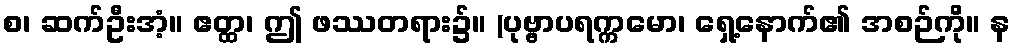
စ၊ ဆက်ဦးအံ့။ ဧတ္ထ၊ ဤ ဖဿတရား၌။ (ပုဗ္ဗာပရက္ကမော၊ ရှေ့နောက်၏ အစဉ်ကို။ န